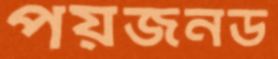
পয়জনড